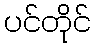
ပင်တိုင်